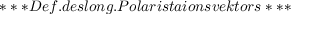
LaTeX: * * * D e f . d e s l o n g . P o l a r i s t a i o n s v e k t o r s * * *